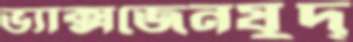
ভ্যাক্সজেনযুদ্